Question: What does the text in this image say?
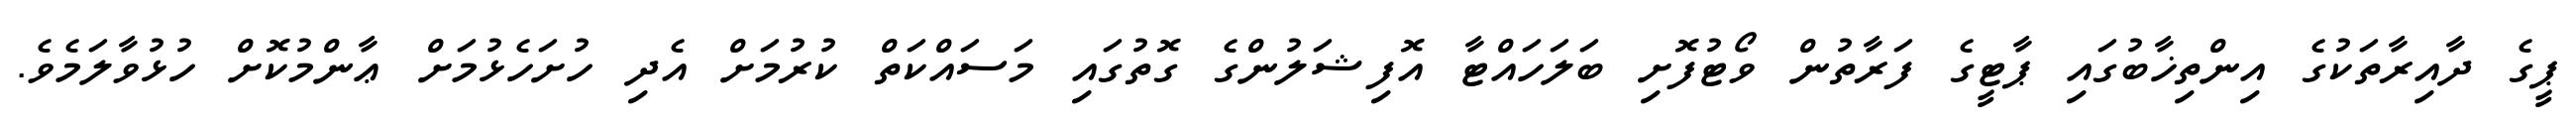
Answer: ޕީގެ ދާއިރާތަކުގެ އިންތިޚާބުގައި ޕާޓީގެ ފަރާތުން ވޯޓުފޮށި ބަލަހައްޓާ އޮފިޝަލުންގެ ގޮތުގައި މަސައްކަތް ކުރުމަށް އެދި ހުށަހެޅުމަށް ޢާންމުކޮށް ހުޅުވާލަމެވެ.